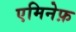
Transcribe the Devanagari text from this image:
एमिनेफ़